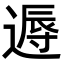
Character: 𨕯